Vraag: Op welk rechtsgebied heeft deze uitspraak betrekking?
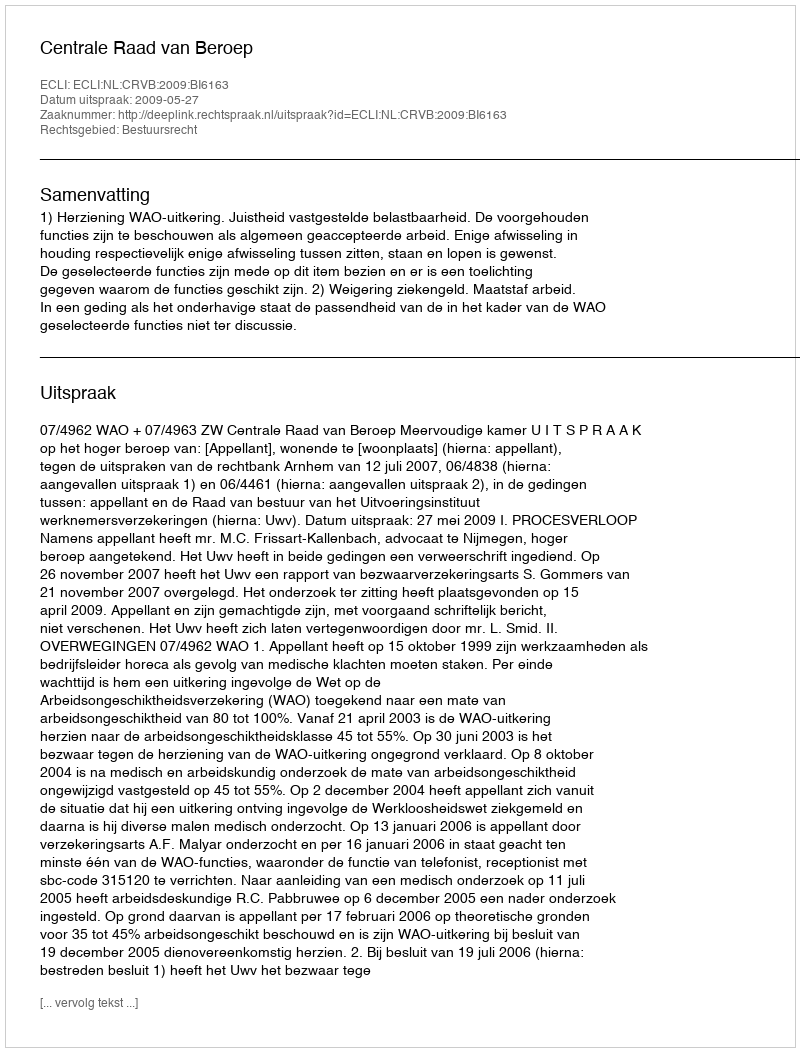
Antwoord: Bestuursrecht